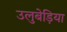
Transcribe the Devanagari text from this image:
उलुबेड़िया